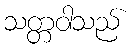
သတ္တဝါသည်